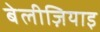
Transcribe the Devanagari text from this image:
बेलीज़ियाइ